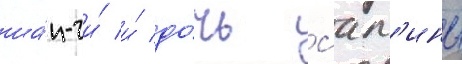
ша́н-чи́ и́ до́чь с'ял'инь